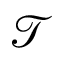
\mathcal { T }